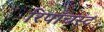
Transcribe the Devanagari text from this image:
रिपाँचस्ट